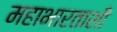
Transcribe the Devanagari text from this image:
महाभारताशी